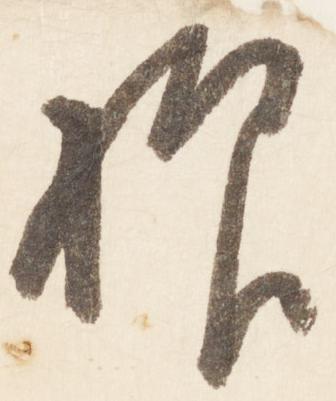
仰